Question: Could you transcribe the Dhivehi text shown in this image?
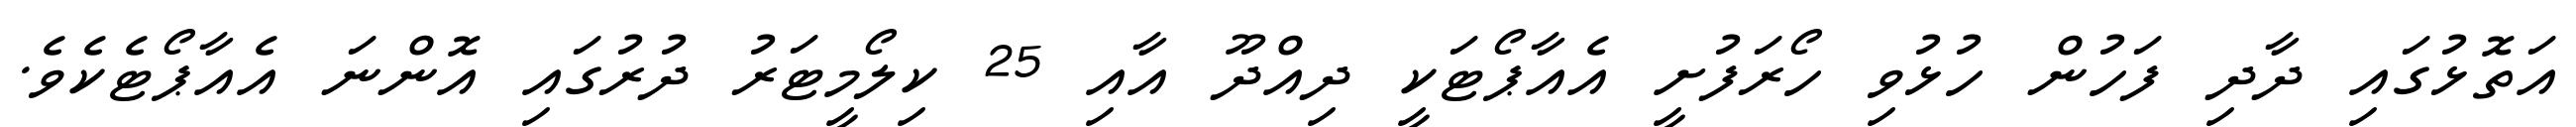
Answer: އަތޮޅުގައި ދާދި ފަހުން ހުޅުވި ހޯރަފުށީ އެއާޕޯޓަކީ ދިއްދޫ އާއި 25 ކިލޯމީޓަރު ދުރުގައި އޮންނަ އެއާޕޯޓެކެވެ.